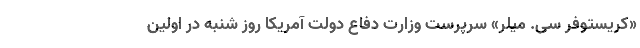
«کریستوفر سی. میلر» سرپرست وزارت دفاع دولت آمریکا روز شنبه در اولین